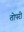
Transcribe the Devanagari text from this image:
तोपरी